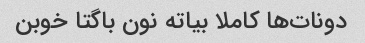
دونات‌ها کاملا بیاته نون باگتا خوبن